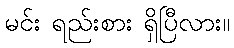
မင်း ရည်းစား ရှိပြီလား။